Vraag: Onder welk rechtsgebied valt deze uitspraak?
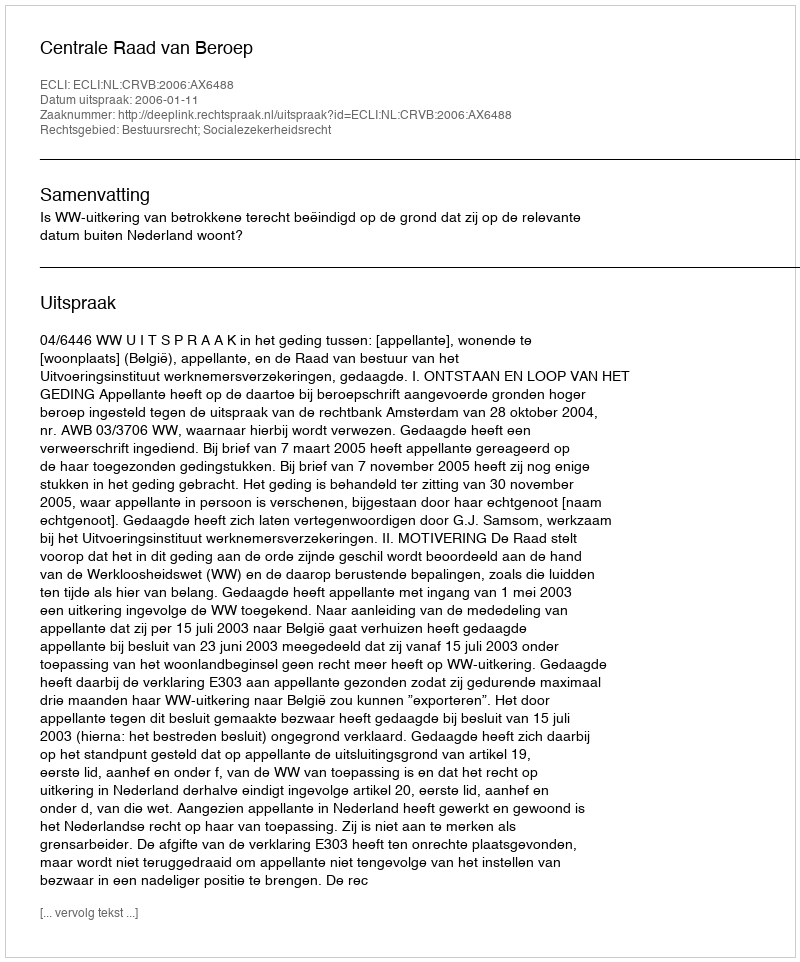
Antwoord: Bestuursrecht; Socialezekerheidsrecht